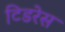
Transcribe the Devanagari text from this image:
टिडरेस